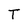
Character: T